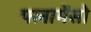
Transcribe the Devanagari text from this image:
फ्लामेंसो